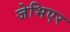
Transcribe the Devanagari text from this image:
जेभिएर